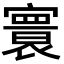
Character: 𡫖